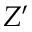
Z ^ { \prime }